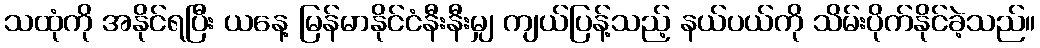
သထုံကို အနိုင်ရပြီး ယနေ့ မြန်မာနိုင်ငံနီးနီးမျှ ကျယ်ပြန့်သည့် နယ်ပယ်ကို သိမ်းပိုက်နိုင်ခဲ့သည်။